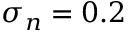
\sigma _ { n } = 0 . 2